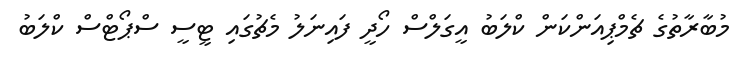
މުބާރާތުގެ ޗެމްޕިއަންކަން ކްލަބު އީގަލްސް ހޯދީ ފައިނަލު މެޗުގައި ޓީސީ ސްޕޯޓްސް ކްލަބު